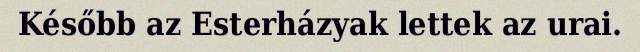
Később az Esterházyak lettek az urai.